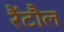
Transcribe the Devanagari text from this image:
रैंटौल